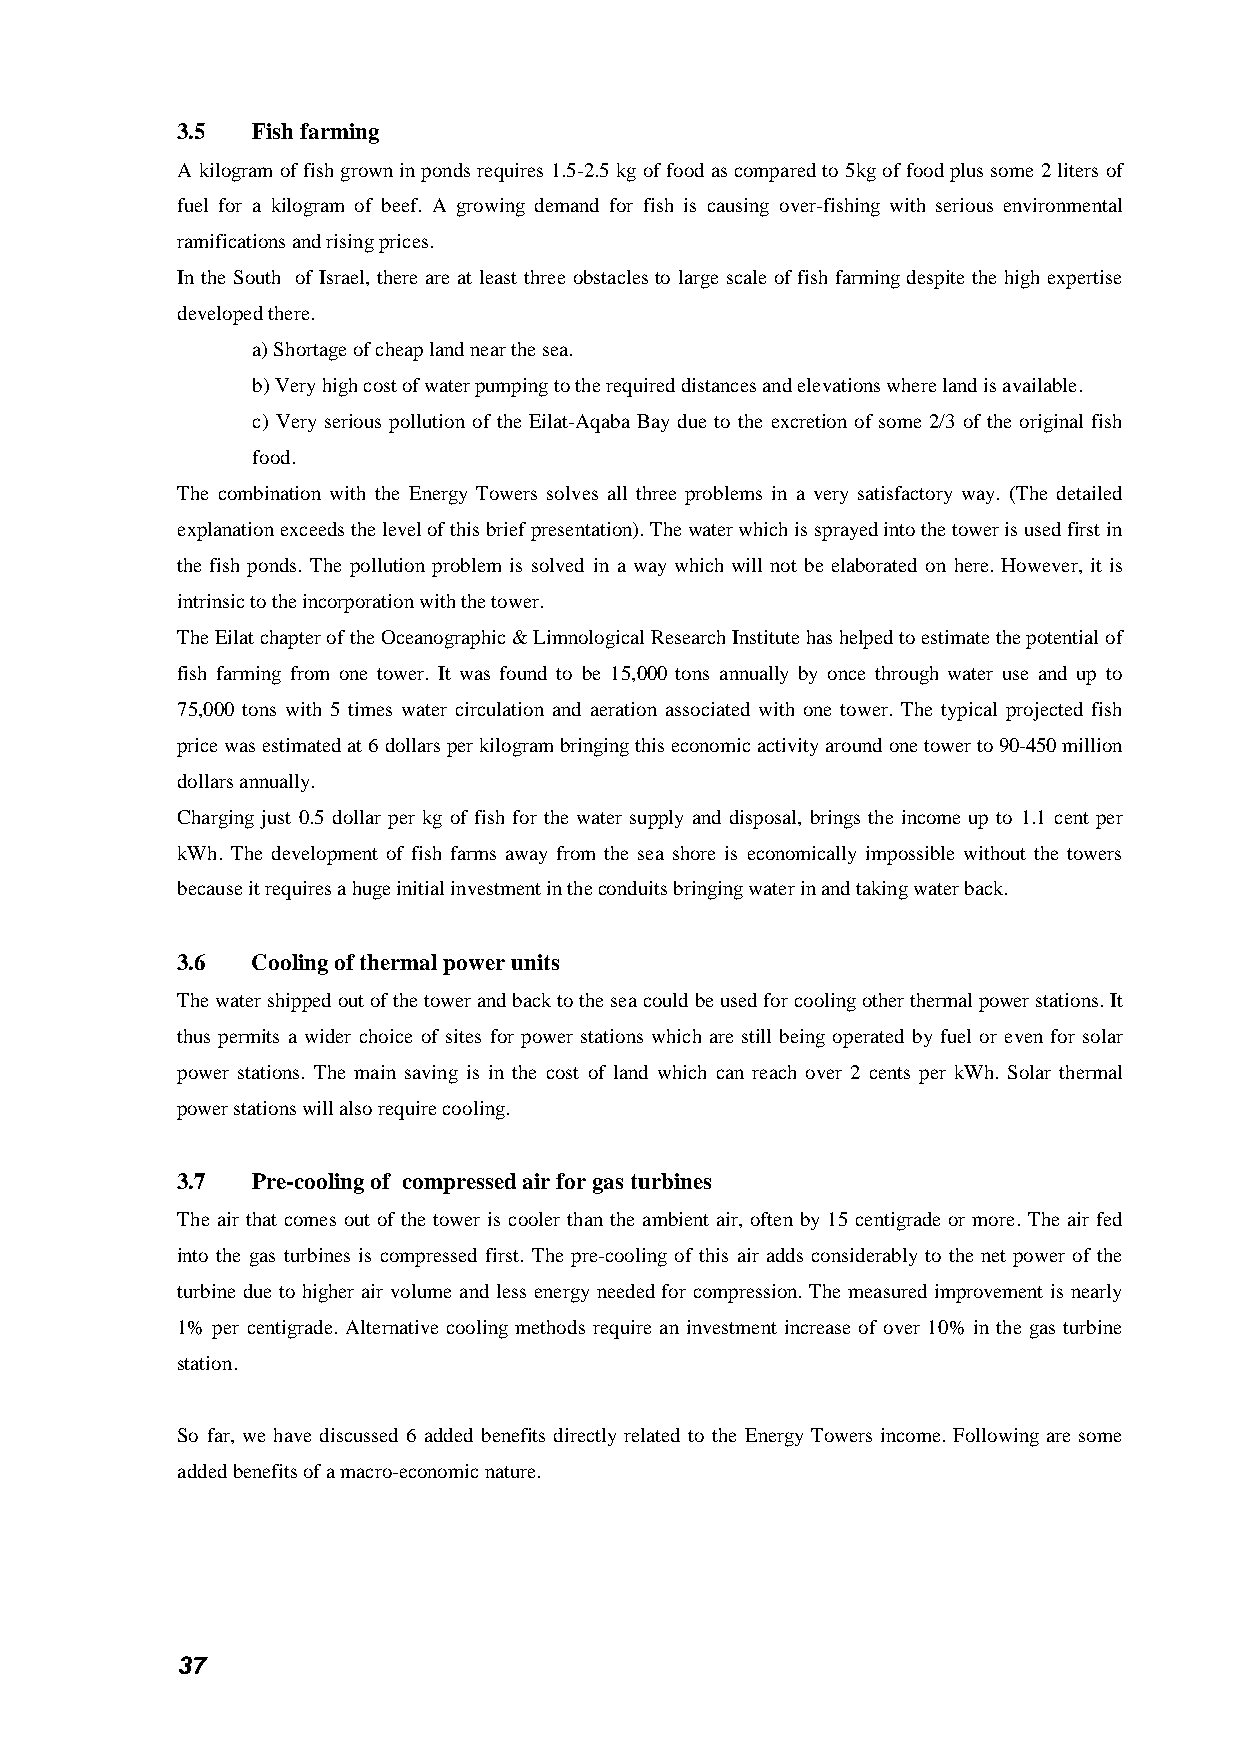
3.5  Fish farming
 A kilogram of fish grown in ponds requires 1.5-2.5 kg of food as compared to 5kg of food plus some 2 liters of
 fuel for a kilogram of beef. A growing demand for fish is causing over-fishing with serious environmental
 ramifications and rising prices.
 In the South of Israel, there are at least three obstacles to large scale of fish farming despite the high expertise
 developed there.
 a) Shortage of cheap land near the sea.
 b) Very high cost of water pumping to the required distances and elevations where land is available.
 c) Very serious pollution of the Eilat-Aqaba Bay due to the excretion of some 2/3 of the original fish
 food.
 The combination with the Energy Towers solves all three problems in a very satisfactory way. (The detailed
 explanation exceeds the level of this brief presentation). The water which is sprayed into the tower is used first in
 the fish ponds. The pollution problem is solved in a way which will not be elaborated on here. However, it is
 intrinsic to the incorporation with the tower.
 The Eilat chapter of the Oceanographic & Limnological Research Institute has helped to estimate the potential of
 fish farming from one tower. It was found to be 15,000 tons annually by once through water use and up to
 75,000 tons with 5 times water circulation and aeration associated with one tower. The typical projected fish
 price was estimated at 6 dollars per kilogram bringing this economic activity around one tower to 90-450 million
 dollars annually.
 Charging just 0.5 dollar per kg of fish for the water supply and disposal, brings the income up to 1.1 cent per
 kWh. The development of fish farms away from the sea shore is economically impossible without the towers
 because it requires a huge initial investment in the conduits bringing water in and taking water back.
 3.6  Cooling of thermal power units
 The water shipped out of the tower and back to the sea could be used for cooling other thermal power stations. It
 thus permits a wider choice of sites for power stations which are still being operated by fuel or even for solar
 power stations. The main saving is in the cost of land which can reach over 2 cents per kWh. Solar thermal
 power stations will also require cooling.
 3.7  Pre-cooling of compressed air for gas turbines
 The air that comes out of the tower is cooler than the ambient air, often by 15 centigrade or more. The air fed
 into the gas turbines is compressed first. The pre-cooling of this air adds considerably to the net power of the
 turbine due to higher air volume and less energy needed for compression. The measured improvement is nearly
 1% per centigrade. Alternative cooling methods require an investment increase of over 10% in the gas turbine
 station.
 So far, we have discussed 6 added benefits directly related to the Energy Towers income. Following are some
 added benefits of a macro-economic nature.
 37